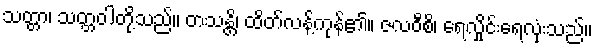
သတ္တာ၊ သတ္တဝါတို့သည်။ တသန္တိ၊ ထိတ်လန့်ကုန်၏။ ဇလဝီစိ၊ ရေလှိုင်းရေလုံးသည်။